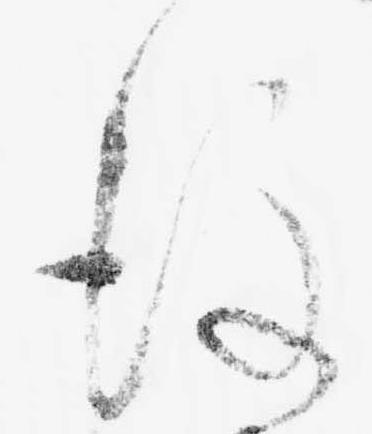
後